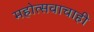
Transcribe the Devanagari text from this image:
महोत्सवाचाही